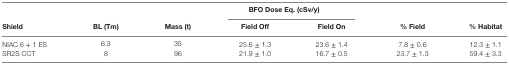
|  |  |  | <COLSPAN=2> BFO Dose Eq. (cSv/y) |  |  |
 | Shield | BL (Tm) | Mass (t) | Field Off | Field On | % Field | % Habitat |
 | --- | --- | --- | --- | --- | --- | --- |
 | NIAC 6 + 1 ES | 6.3 | 35 | 25.6 ± 1.3 | 23.6 ± 1.4 | 7.8 ± 0.6 | 12.3 ± 1.1 |
 | SR2S CCT | 8 | 96 | 21.9 ± 1.0 | 16.7 ± 0.5 | 23.7 ± 1.3 | 59.4 ± 3.3 |